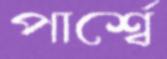
পার্শ্বে